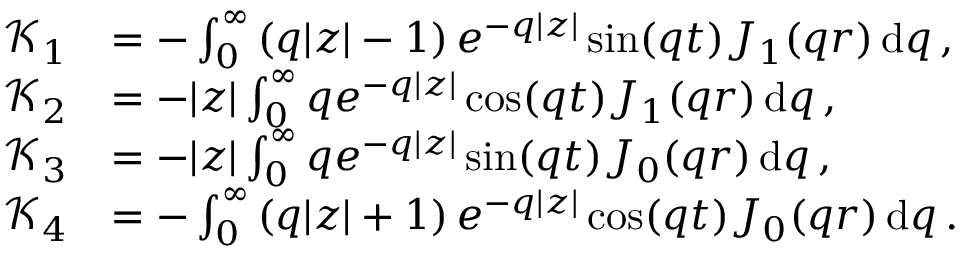
\begin{array} { r l } { \mathcal { K } _ { 1 } } & { = - \int _ { 0 } ^ { \infty } \left( q | z | - 1 \right) e ^ { - q | z | } \sin ( q t ) J _ { 1 } ( q r ) \, \mathrm { d } q \, , } \\ { \mathcal { K } _ { 2 } } & { = - | z | \int _ { 0 } ^ { \infty } q e ^ { - q | z | } \cos ( q t ) J _ { 1 } ( q r ) \, \mathrm { d } q \, , } \\ { \mathcal { K } _ { 3 } } & { = - | z | \int _ { 0 } ^ { \infty } q e ^ { - q | z | } \sin ( q t ) J _ { 0 } ( q r ) \, \mathrm { d } q \, , } \\ { \mathcal { K } _ { 4 } } & { = - \int _ { 0 } ^ { \infty } \left( q | z | + 1 \right) e ^ { - q | z | } \cos ( q t ) J _ { 0 } ( q r ) \, \mathrm { d } q \, . } \end{array}